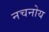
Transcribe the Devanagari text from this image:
नचनोय